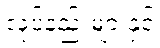
လုပ်နည်းများနှင့်